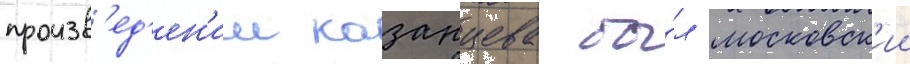
произв'ед'ен'ии казанцева бы́л московск'ии